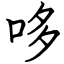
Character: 哆